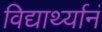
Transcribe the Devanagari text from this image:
विद्यार्थ्यानं